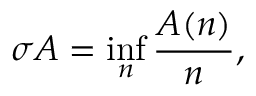
\sigma A = \operatorname* { i n f } _ { n } { \frac { A ( n ) } { n } } ,